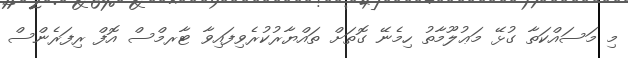
މި މަސައްކަތާ ގުޅޭ މަޢުލޫމާތު ހިމެނޭ ގޮތަށް ތައްޔާރުކުރެވިފައިވާ ޓާރމްސް އޮފް ރިފަރެންސް